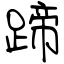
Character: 蹄